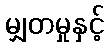
မျှတမှုနှင့်